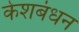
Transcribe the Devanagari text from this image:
केशबंधन